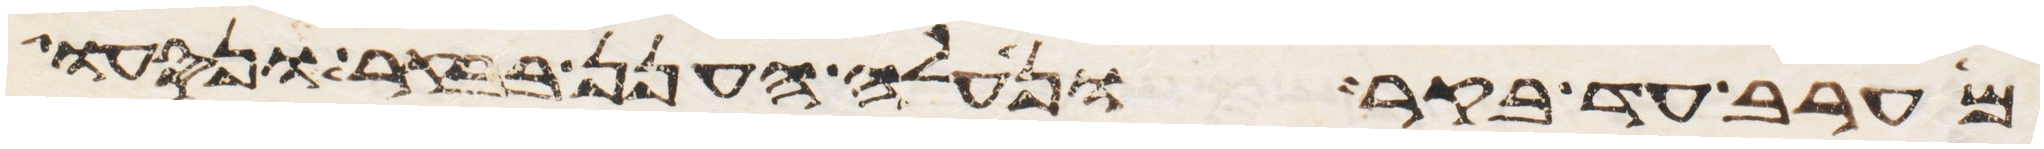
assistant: מערב עד בקר ונעלה הענן בבקר ונסעו